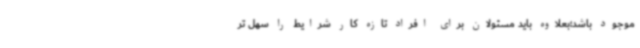
موجود باشد؛بعلاوه باید مسئولان برای افراد تازه کار شرایط را سهل تر